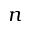
n